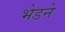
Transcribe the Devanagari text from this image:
भेडने